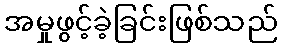
အမှုဖွင့်ခဲ့ခြင်းဖြစ်သည်